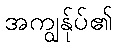
အကျွန်ုပ်၏